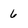
Character: 6